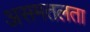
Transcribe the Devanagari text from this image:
असमतलता